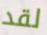
لقد